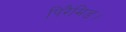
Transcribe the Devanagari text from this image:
पिरैमिड।